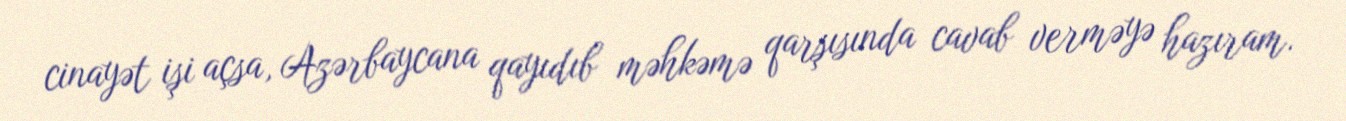
cinayət işi açsa, Azərbaycana qayıdıb məhkəmə qarşısında cavab verməyə hazıram.